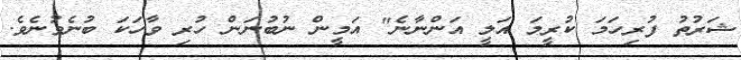
ޝަރުތު ފުރިހަމަ ކުރީމަ އަލީ އަންނާނެ" އަމީން ނުބުނަން ހުރި ވާހަކަ ބުނެވުނެވެ.